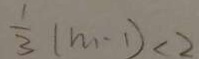
\frac { 1 } { 3 } ( m - 1 ) < 2